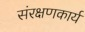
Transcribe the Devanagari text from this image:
संरक्षणकार्य